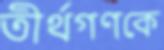
তীর্থগণকে